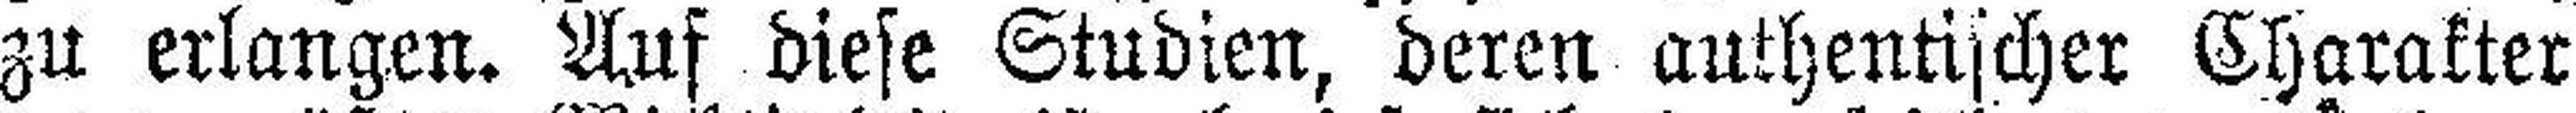
zu erlangen. Auf diese Studien, deren authentischer Charakter